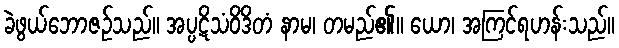
ခဲဖွယ်ဘောဇဉ်သည်။ အပ္ပဋိသံဝိဒိတံ နာမ၊ တမည်၏။ ယော၊ အကြင်ရဟန်းသည်။